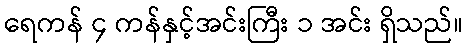
ရေကန် ၄ ကန်နှင့်အင်းကြီး ၁ အင်း ရှိသည်။